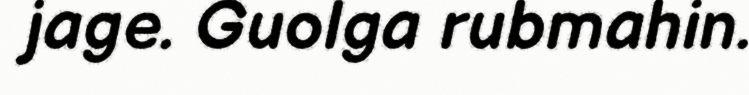
jage. Guolga rubmahin.